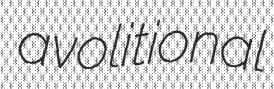
avolitional